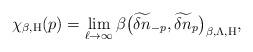
LaTeX: \begin{align*}\chi_{\beta, \mathrm{H}}(p)=\lim_{\ell \to \infty}\beta\big(\widetilde{\delta n}_{-p},\widetilde{\delta n}_p\big)_{\beta, \Lambda, \mathrm{H}},\end{align*}